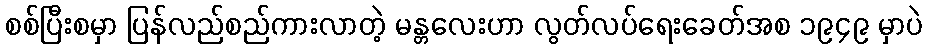
စစ်ပြီးစမှာ ပြန်လည်စည်ကားလာတဲ့ မန္တလေးဟာ လွတ်လပ်ရေးခေတ်အစ ၁၉၄၉ မှာပဲ